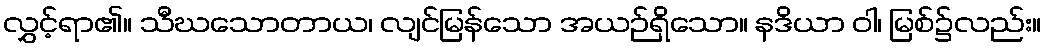
လွှင့်ရာ၏။ သီဃသောတာယ၊ လျင်မြန်သော အယဉ်ရှိသော။ နဒိယာ ဝါ၊ မြစ်၌လည်း။